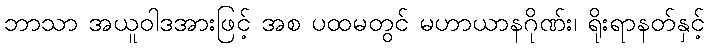
ဘာသာ အယူဝါဒအားဖြင့် အစ ပထမတွင် မဟာယာနဂိုဏ်း၊ ရိုးရာနတ်နှင့်